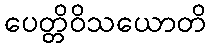
ပေတ္တိဝိသယောတိ